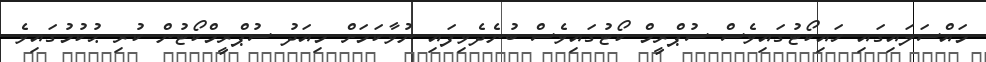
މައްސަލައިގައި ހައިކޯޓުގައިވެސް ސުޕްރީމް ކޯޓުގައިވެސް ބުނެދެވިފައި ނުވާކަމަށް މިއަދު ސުޕްރީމްކޯޓުން ކުރި ޙުކުމުގައިވެ